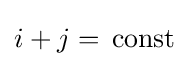
i+j=\,{\rm {const}}